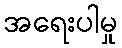
အရေးပါမှု